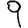
Digit: 9